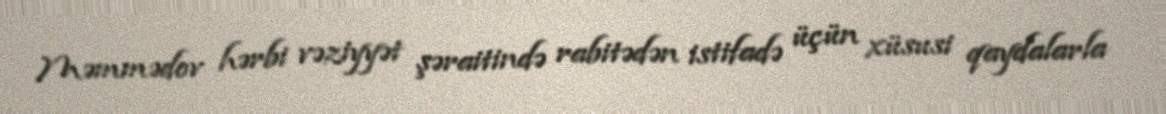
Məmmədov hərbi vəziyyət şəraitində rabitədən istifadə üçün xüsusi qaydalarla